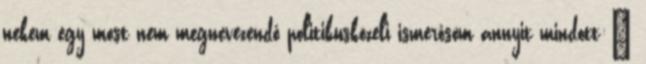
nekem egy most nem megnevezendő politikusközeli ismerősöm annyit mindott:"